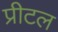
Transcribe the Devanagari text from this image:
प्रीटल